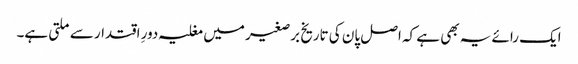
ایک رائے یہ بھی ہے کہ اصل پان کی تاریخ برصغیر میں مغلیہ دورِ اقتدار سے ملتی ہے۔